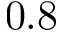
0 . 8